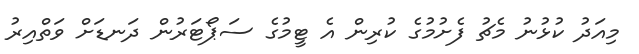
މިއަދު ކުޅުނު މެޗު ފެށުމުގެ ކުރިން އެ ޓީމުގެ ސަޕޯޓަރުން ދަނޑަށް ވަތްއިރު